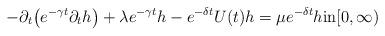
LaTeX: \begin{align*} - \partial_t \bigl(e^{-\gamma t}\partial_t h\bigr) + \lambda e^{-\gamma t}h - e^{-\delta t} U(t) h= \mu e^{-\delta t} h \text{in$[0,\infty)$}\end{align*}